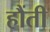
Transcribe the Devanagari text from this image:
हौंती